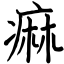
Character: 痲